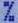
%